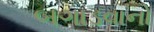
બગાડવાનો